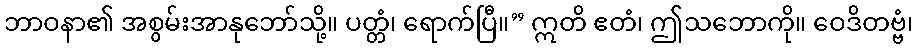
ဘာဝနာ၏ အစွမ်းအာနုဘော်သို့။ ပတ္တံ၊ ရောက်ပြီ။” ဣတိ ဧတံ၊ ဤသဘောကို။ ဝေဒိတဗ္ဗံ၊